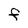
Character: F